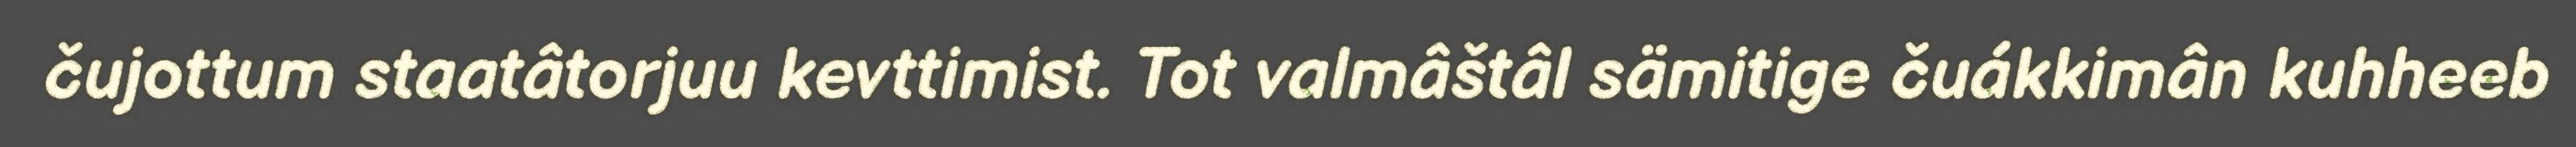
čujottum staatâtorjuu kevttimist. Tot valmâštâl sämitige čuákkimân kuhheeb